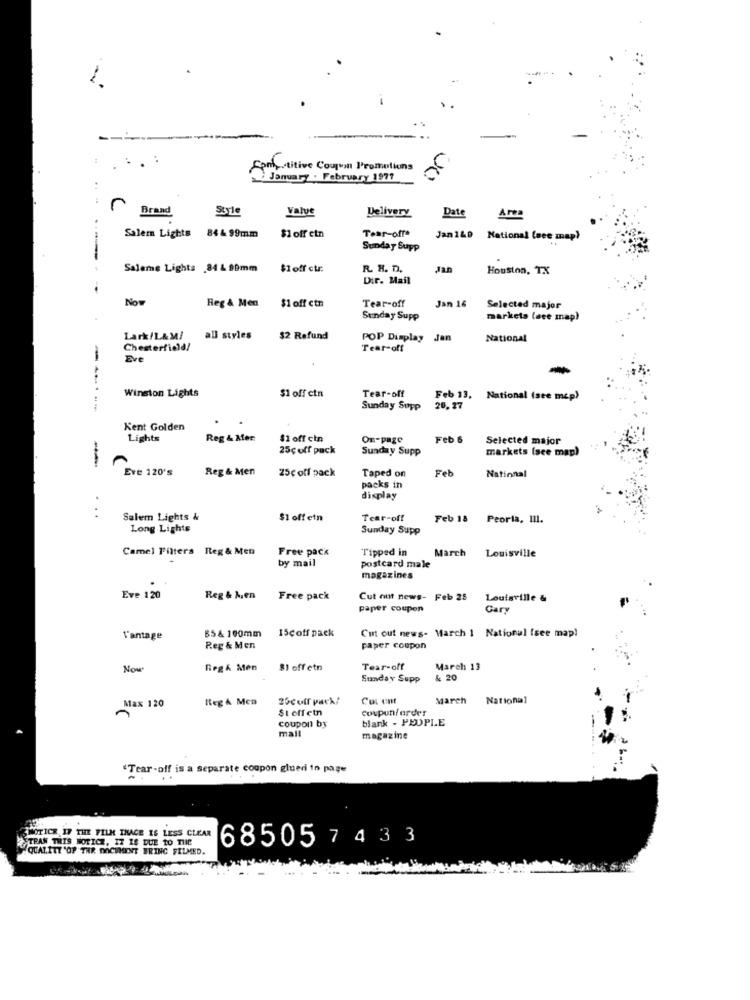
Fonttitive Coupon Promotions
: January . February 1977
r
Brand
Style
Valve
Delivery
Date
Area
Tear-off*
Salem Lights 84& 99mm
$1 off etn
Jan 140
National (see map)
Sunday Supp
Saleme Lights 84 & 99mm
$1 off cur:
R. H. D.
Houston, TX
Dir. Mail
Now
Reg & Men
Tear-off
$1 off ctn
Jan 16
Selected major
Sunday Supp
markets face map)
Lark/L&M/
all styles
$2 Refund
POP Display Jan
National
Chesterfield!
Tear-off
Eve
Winston Lights
$1 off ctn
Tear-off
Feb 13, National (see mcp)
------
Sunday Supp
20.27
Kent Golden
Lights
Reg & Mer
$1 off cin
On-page
Feb 6
Selected major
25ç off pack
Sunday Supp
markets (see map)
Eve 120's
Reg & Men
25c off pack
Taped on
Feb
National
packs in
display
..
Salem Lights &
$1 off etn
Tear-off
Feb 18 Peoria, 111.
Long Lights
Sunday Supp
Camel Filters Reg & Men
Free pack
Tipped in
March
Louisville
by mail
postcard male
magazines
Eve 120
Reg & Mien
Free pack
Cut out news- Feb 25
Louisville &
paper coupon
Gary
55& 100mm
15coff pack
Cut out news- March 1 National (see map!
l'antage
Reg & Men
paper coupon
Now
Reg& Men
81 off etn
Tear-off
March 13
Sunday Supp
& 20
Meg & Mca
25cuff pack/
CoL unt
March
National
Max 120
Stoffetn
coupunfarder
blank - PEOPLE
coupon by
mall
magazine
"Tear-off is a separate coupon glued in page
WNOTICE IF THE FILM THACE IS LESS CLEAR
TRAN THIS NOTICE, IT IS DUE TO THIC
68505 7 4 3 3
QUALITY "OF THE DOCUMENT BRING FILMED.